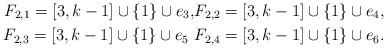
LaTeX: \begin{align*}F_{2,1}=[3,k-1]\cup\{1\}\cup e_3, &F_{2,2}=[3,k-1]\cup\{1\}\cup e_4,\\F_{2,3}=[3,k-1]\cup\{1\}\cup e_5\ &F_{2,4}=[3,k-1]\cup\{1\}\cup e_6.\end{align*}